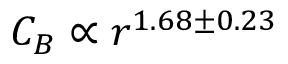
C _ { B } \propto r ^ { 1 . 6 8 \pm 0 . 2 3 }